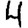
Digit: 4